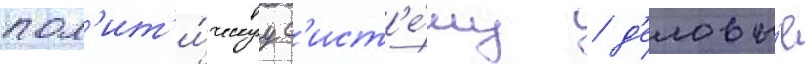
пол'ит'и́ческуу с'ист'е́му / д'еловы́е